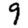
Digit: 9